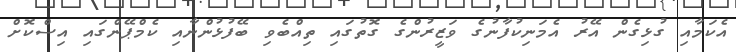
އެކަމާއި ގުޅިގެން އޭރު އެމަނިކުފާނުގެ ވަޒީރުންގެ ގޮތުގައި ތިއްބެވި ބޭފުޅުންނާއި ކެމްޕޭންގައި އިސްކޮށް